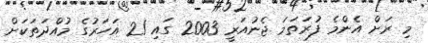
މި ރަށް އެންމެ ފުރަތަމަ ޖެނުއަރީ 2003 ގައި 21 އަހަރުގެ މުއްދަތަކަށް